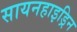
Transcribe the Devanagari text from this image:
सायनहाइड्रिन